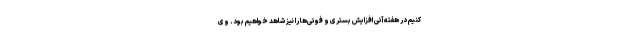
کنیم در هفته آتی افزایش بستری و فوتی‌ها را نیز شاهد خواهیم بود. وی